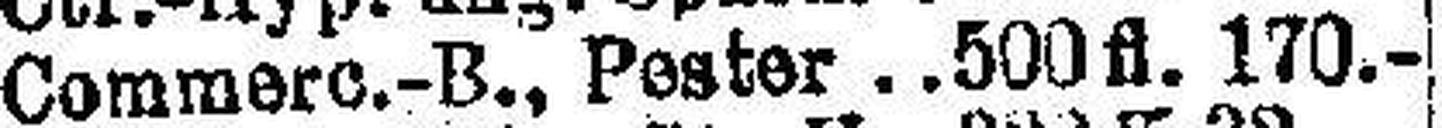
Commere.-B., Pester 500 fl. 170.—